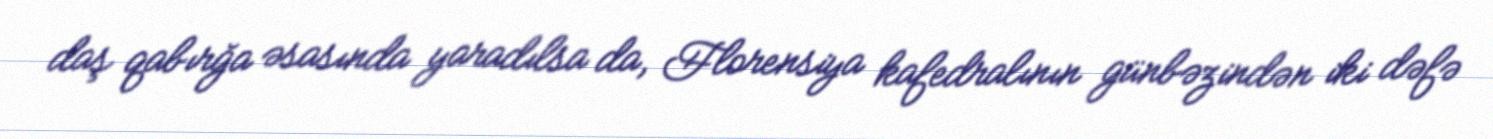
daş qabırğa əsasında yaradılsa da, Florensiya kafedralının günbəzindən iki dəfə